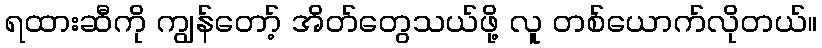
ရထားဆီကို ကျွန်တော့် အိတ်တွေသယ်ဖို့ လူ တစ်ယောက်လိုတယ်။